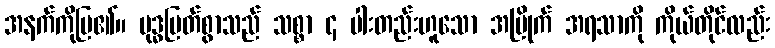
အနက်ကိုပြ၏။ ဗုဒ္ဓမြတ်စွာသည် သစ္စာ ၄ ပါးတည်းဟူသော အမြိုက် အရသာကို ကိုယ်တိုင်လည်း